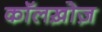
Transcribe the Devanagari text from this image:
कॉलख़ोज़